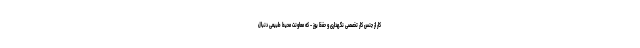
کار از جنس کار تخصصی نگهداری و حفظ یوز - که معاونت محیط طبیعی دنبال